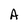
Character: A